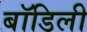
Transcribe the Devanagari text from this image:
बॉडिली